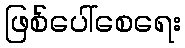
ဖြစ်ပေါ်စေရေး